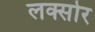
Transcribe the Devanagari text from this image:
लक्सोर